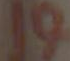
19